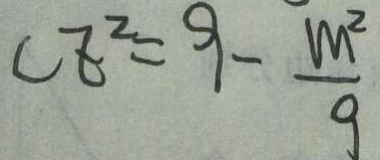
C E ^ { 2 } = 9 - \frac { m ^ { 2 } } { 9 }